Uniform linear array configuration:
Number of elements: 48
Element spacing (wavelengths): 0.75
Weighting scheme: cosine
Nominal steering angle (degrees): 15
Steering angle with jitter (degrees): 13.664
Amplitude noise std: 0.05
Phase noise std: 0.05

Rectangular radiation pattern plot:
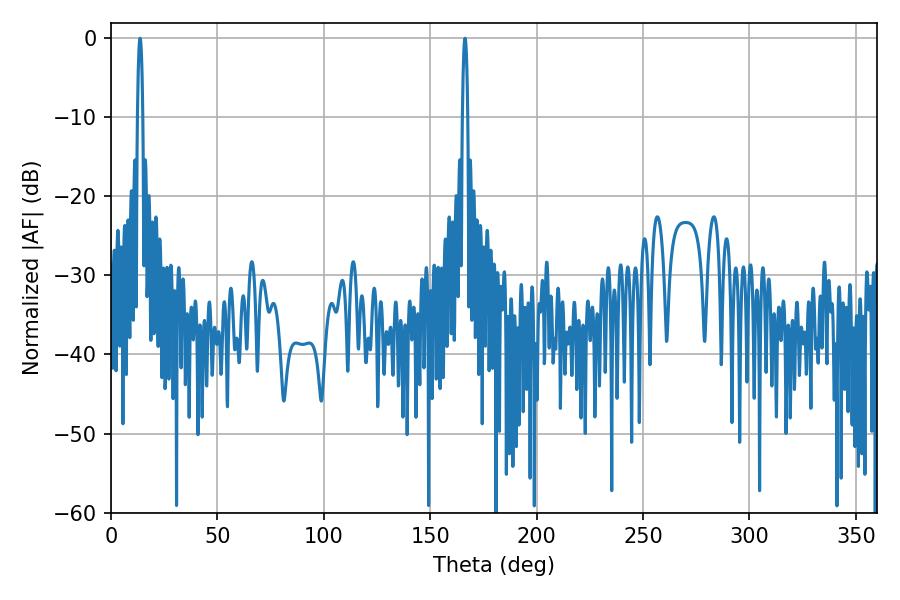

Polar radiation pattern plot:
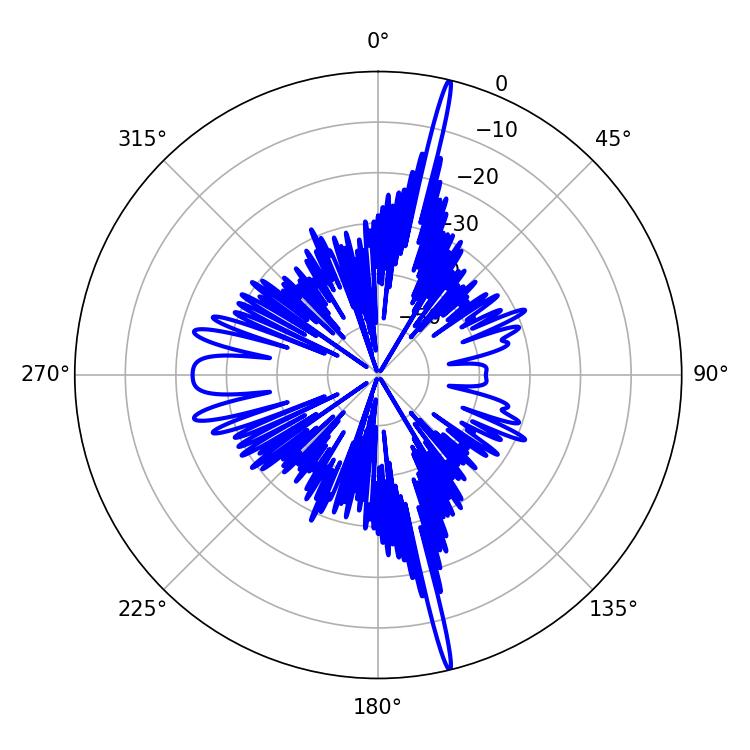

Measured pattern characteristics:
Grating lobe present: TRUE
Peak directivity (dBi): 22.349
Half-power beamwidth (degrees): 1.44
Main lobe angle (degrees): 166.32